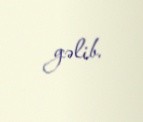
gəlib.